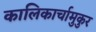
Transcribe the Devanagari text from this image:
कालिकार्चामुकुर